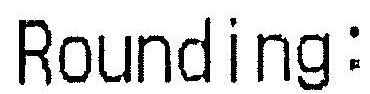
ROUNDING: